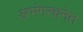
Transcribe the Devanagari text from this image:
अभंगरचनेत